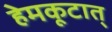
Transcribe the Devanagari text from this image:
हेमकूटात्